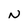
Character: N